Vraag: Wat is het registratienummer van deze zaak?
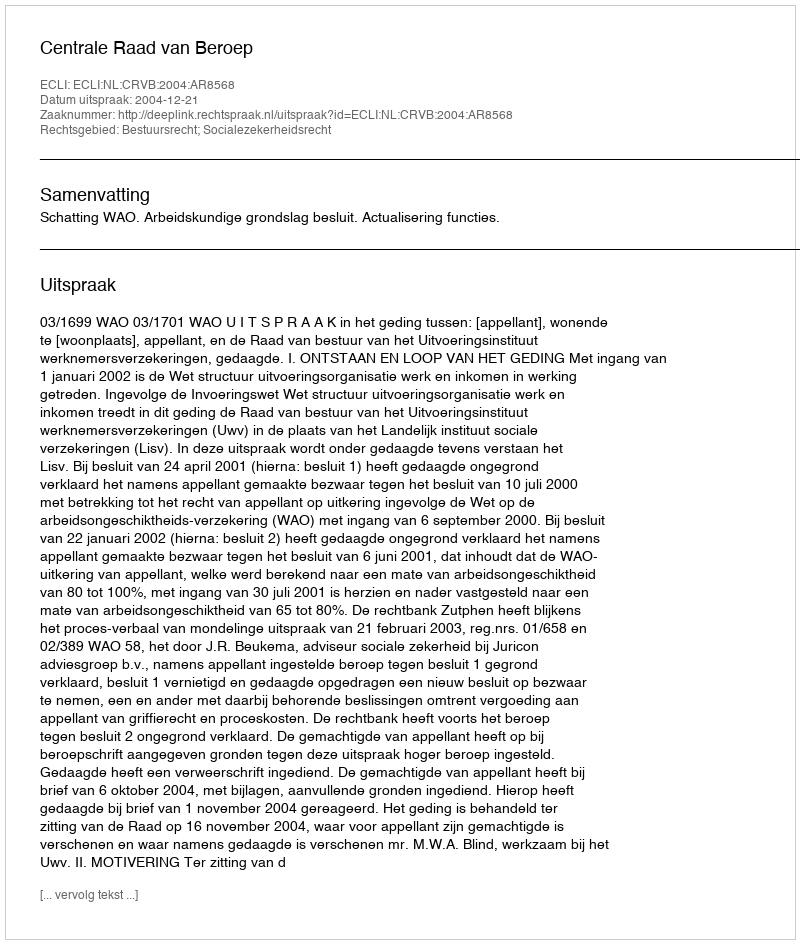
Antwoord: http://deeplink.rechtspraak.nl/uitspraak?id=ECLI:NL:CRVB:2004:AR8568